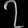
Digit: ၇